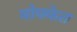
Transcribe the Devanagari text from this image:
मोफ्फेत